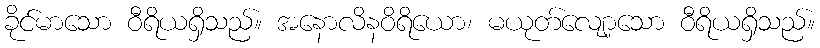
ခိုင်မာသော ဝီရိယရှိသည်။ အနောလိနဝိရိယော၊ မယုတ်လျော့သော ဝီရိယရှိသည်။